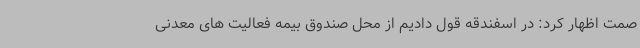
صمت اظهار کرد: در اسفندقه قول دادیم از محل صندوق بیمه فعالیت های معدنی